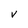
Character: V